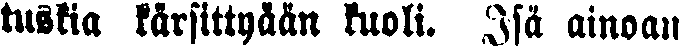
tuskia kärsittyään kuoli. Isä ainoan